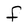
Character: f